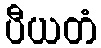
ပီယတံ